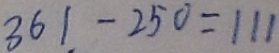
3 6 1 - 2 5 0 = 1 1 1